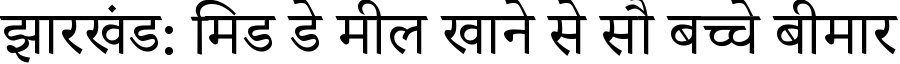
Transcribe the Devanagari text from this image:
झारखंड: मिड डे मील खाने से सौ बच्चे बीमार